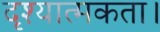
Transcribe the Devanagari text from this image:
दृश्यात्मकता।